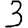
Digit: 3